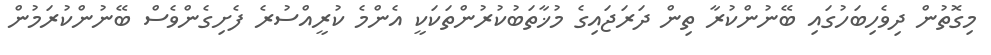
މިގޮތުން ދިވެހިބަހުގައި ބޭނުންކުރާ ތިން ދަރަޖައިގެ މުޚާތަބުކުރުންތަކަކީ އެންމެ ކުރީއްސުރެ ފެށިގެންވެސް ބޭނުންކުރަމުން